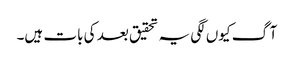
آگ کیوں لگی یہ تحقیق بعد کی بات ہیں۔